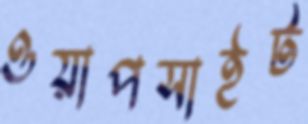
ওয়াপসাইট